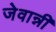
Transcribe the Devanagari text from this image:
जेवान्नी